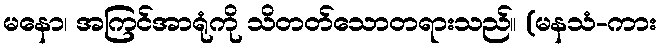
မနော၊ အကြင်အာရုံကို သိတတ်သောတရားသည်။ (မနသံ-ကား